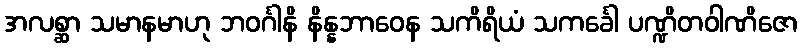
အလစ္ဆာ သမာနမာဟု ဘဝင်္ဂါနိ နိန္နဘာဝေန သကိရိယံ သကင်္ခေါ ပဏ္ဍိတဝါဏိဇော